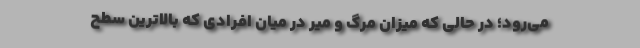
می‌رود؛ در حالی که میزان مرگ و میر در میان افرادی که بالاترین سطح